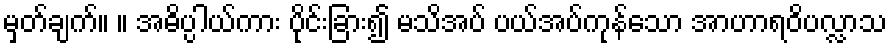
မှတ်ချက်။ ။ အဓိပ္ပါယ်ကား ပိုင်းခြား၍ မသိအပ် ပယ်အပ်ကုန်သော အာဟာရဝိပလ္လာသ